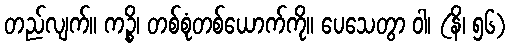
တည်လျက်။ ကဉ္စိ၊ တစ်စုံတစ်ယောက်ကို။ ပေသေတွာ ဝါ၊ (နိ၊ ၅၆)